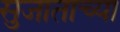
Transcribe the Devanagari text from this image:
सुजाताच्या